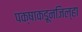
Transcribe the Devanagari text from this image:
पक्षाकडूनजिल्हा